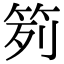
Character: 𥬭